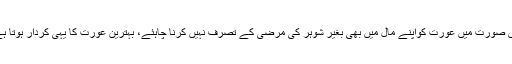
اس صورت میں عورت کواپنے مال میں بھی بغیر شوہر کی مرضی کے تصرف نہیں کرنا چاہئے، بہترین عورت کا یہی کردار ہوتا ہے۔